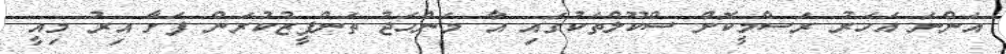
އަންނަ އަހަރު ރަސްމީކޮށް ސްކޫލްތަކުގައި އާ މަންހަޖު ތަންފީޒުކުރަން ފަށާ އިރު މިއީ